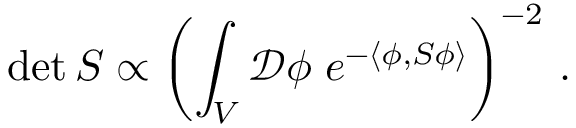
\operatorname* { d e t } S \propto \left( \int _ { V } { \mathcal { D } } \phi \; e ^ { - \langle \phi , S \phi \rangle } \right) ^ { - 2 } \, .